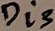
Text: Di3